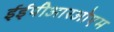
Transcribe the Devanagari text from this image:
ईईपीआरओएम